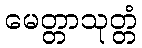
မေတ္တာသုတ္တံ